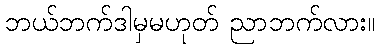
ဘယ်ဘက်ဒါမှမဟုတ် ညာဘက်လား။